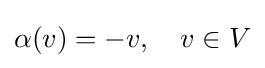
\alpha (v)=-v,\quad v\in V